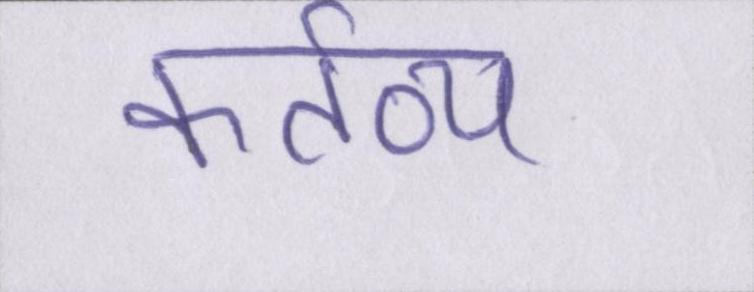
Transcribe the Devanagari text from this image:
कर्तव्य